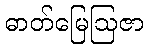
ဓာတ်မြေဩဇာ